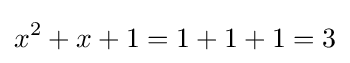
x^{2}+x+1=1+1+1=3